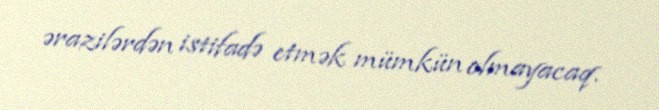
ərazilərdən istifadə etmək mümkün olmayacaq.